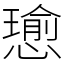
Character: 𢢭